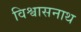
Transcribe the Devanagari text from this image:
विश्वासनाथ